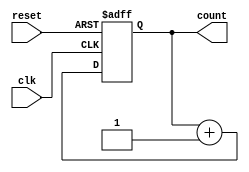
module async_counter #(parameter N = 4) (
    input wire clk,               // Clock input
    input wire reset,             // Asynchronous reset
    output reg [N-1:0] count      // N-bit counter output
);

// Always block for the asynchronous reset and counting
always @(posedge clk or posedge reset) begin
    if (reset) begin
        count <= 0;               // Reset counter to 0
    end else begin
        count <= count + 1;       // Increment counter
    end
end

endmodule